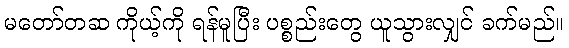
မတော်တဆ ကိုယ့်ကို ရန်မူပြီး ပစ္စည်းတွေ ယူသွားလျှင် ခက်မည်။